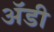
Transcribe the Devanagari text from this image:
अॅडी